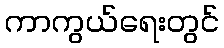
ကာကွယ်ရေးတွင်